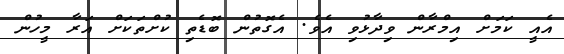
އެއީ ކަމަށް އިމްރާން ވިދާޅުވި އެވެ. އެގޮތުން ބޮޑެތި ކުށްތަކަށް އަރާ މީހުން